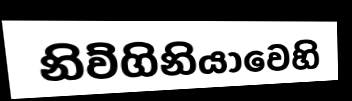
නිව්ගිනියාවෙහි